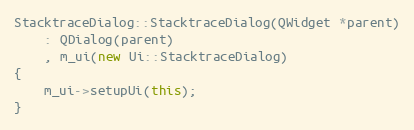
Language: C++
StacktraceDialog::StacktraceDialog(QWidget *parent)
    : QDialog(parent)
    , m_ui(new Ui::StacktraceDialog)
{
    m_ui->setupUi(this);
}